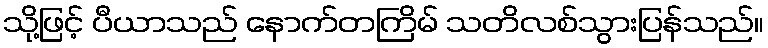
သို့ဖြင့် ပီယာသည် နောက်တကြိမ် သတိလစ်သွားပြန်သည်။